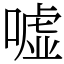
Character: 嘘